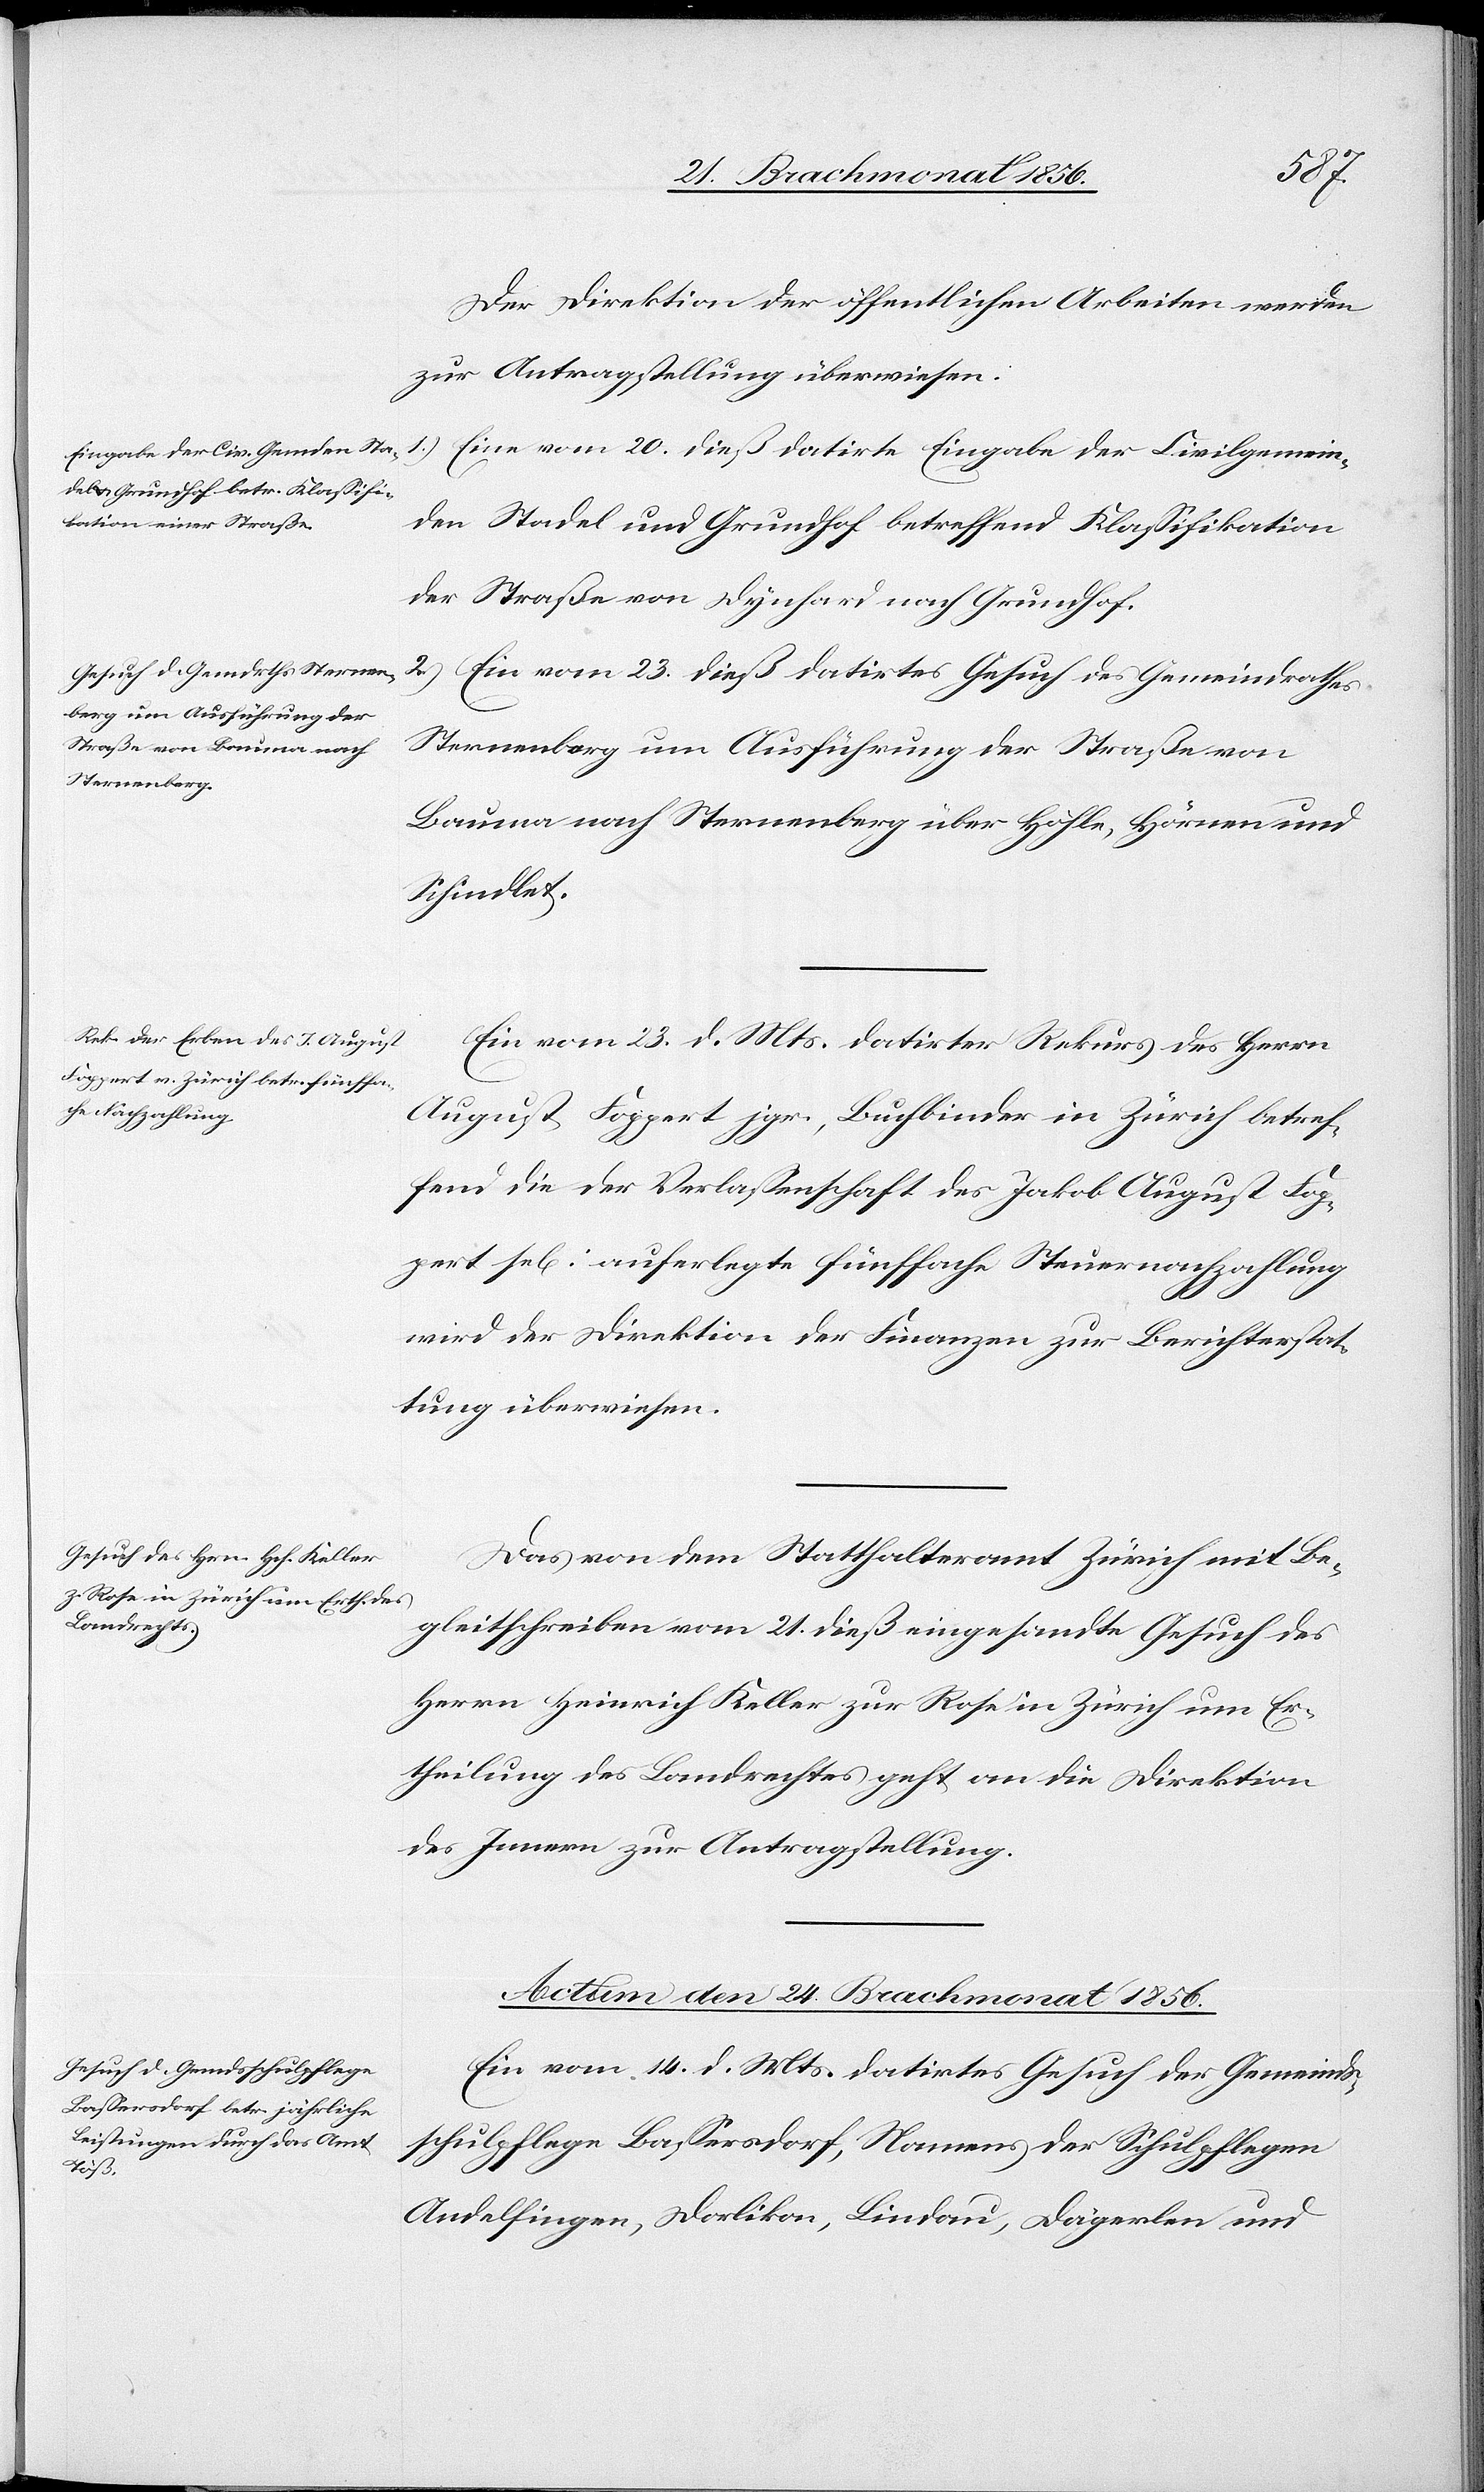
1856.]

den
Der Direktion der öffentlichen Arbeiten werden
zur Antragstellung überwiesen:
1.)
Eine vom 20. dieß datirte Eingabe der Civilgemein¬
den Stadel und Grundhof betreffend Klassifikation
der Straße von Dynhard nach Grundhof.
2.) Ein vom 23. dieß datirtes Gesuch des Gemeindrathes
Sternenberg um Ausführung der Straße von
Bauma nach Sternenberg über Höhle, Hörnen und
Schindlet.
Ein vom 23. d. Mts. datirter Rekurs des Herrn
August Foppert jgr., Buchbinder in Zürich betref¬
fend die der Verlassenschaft des Jakob August Fop¬
pert sel[ig] auferlegte fünffache Steuernachzahlung
wird der Direktion der Finanzen zur Berichterstat¬
tung überwiesen.
Das von dem Statthalteramt Zürich mit Be¬
gleitschreiben vom 21. dieß eingesandte Gesuch des
Herrn Heinrich Keller zur Rose in Zürich um Er¬
theilung des Landrechtes geht an die Direktion
des Innern zur Antragstellung.
Actum den 24. Brachmonat 1856.
Ein vom 14. d. Mts. datirtes Gesuch der Gemeinds¬
schulpflege Bassersdorf, Namens der Schulpflegen
Andelfingen, Dorlikon, Lindau, Dägerlen und